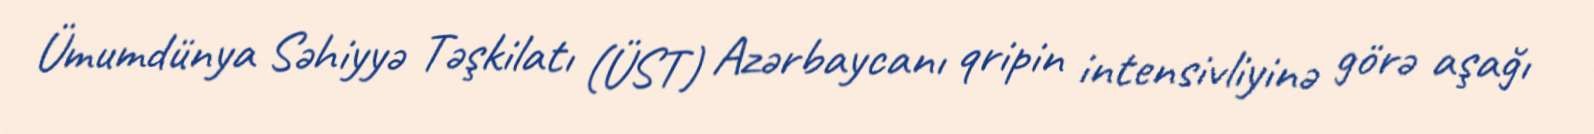
Ümumdünya Səhiyyə Təşkilatı (ÜST) Azərbaycanı qripin intensivliyinə görə aşağı